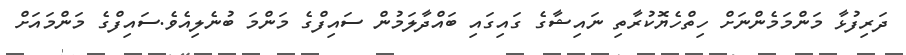
ދަރިފުޅާ މަންމަމެންނަށް ހިތްހެޔޮކުރާތި ނައިޝާގެ ގައިގައި ބައްދާލަމުން ސައިފްގެ މަންމަ ބުނެލިއެވެ.ސައިފްގެ މަންމައަށް